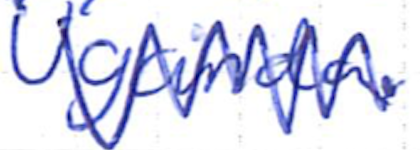
Text: Uganda.
Cross-out: zig-zag
Writing tool: ballpoint